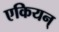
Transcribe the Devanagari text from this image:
एकियन्